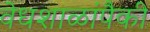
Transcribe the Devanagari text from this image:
वेधशाळांपैकी